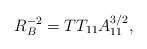
\begin{align*}R_B^{-2} = T T_{11} A_{11}^{3/2}, \end{align*}